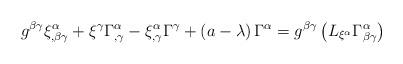
LaTeX: \begin{align*}g^{\beta \gamma }\xi _{,\beta \gamma }^{\alpha }+\xi ^{\gamma }\Gamma_{,\gamma }^{\alpha }-\xi _{,\gamma }^{\alpha }\Gamma ^{\gamma }+\left(a-\lambda \right) \Gamma ^{\alpha }=g^{\beta \gamma }\left( L_{\xi ^{\alpha}}\Gamma _{\beta \gamma }^{\alpha }\right) \end{align*}